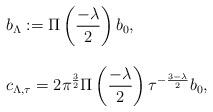
LaTeX: \begin{align*} \begin{array} {l} \displaystyle b_{\Lambda}:=\Pi\left (\frac{-\lambda}{2}\right )b_{0}, \\ \\ \displaystyle c_{\Lambda,\tau}=2\pi^{\frac{3}{2}} \Pi\left (\frac{-\lambda}{2}\right )\tau^{-\frac{3-\lambda}{2}}b_{0},\end{array}\end{align*}